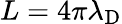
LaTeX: L=4\pi\lambda_{\mathrm{D}}